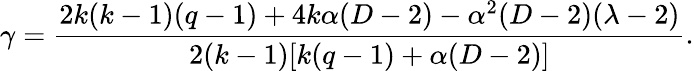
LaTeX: \gamma=\frac{2k(k-1)(q-1)+4k\alpha(D-2)-\alpha^{2}(D-2)(\lambda-2)}{2(k-1)[k(q-1)+\alpha(D-2)]}.